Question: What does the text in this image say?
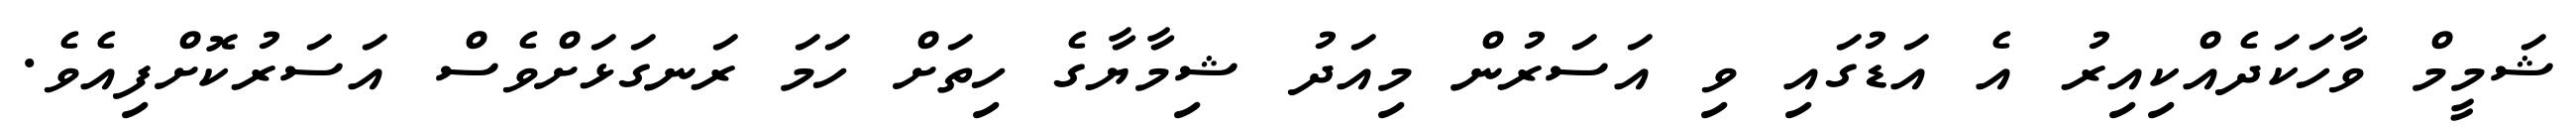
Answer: ޝަމީމް ވާހަކަދެއްކިއިރު އެ އަޑުގައި ވި އަސަރުން މިއަދު ޝިމާޔާގެ ހިތަށް ހަމަ ރަނގަޅަށްވެސް އަސަރުކޮށްފިއެވެ.